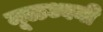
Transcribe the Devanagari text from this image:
मूळध्वनी